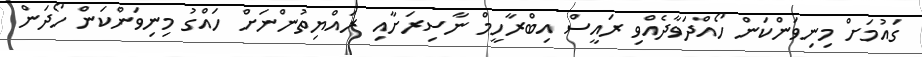
ގައުމަށް މިނިވަންކަން ހޯއްދަވާދެއްވި ރައީސް އިބްރާހީމް ނާސިރަށާއި ރައްޔިތުންނަށް ހައްގު މިނިވަންކަން ހޯދަން